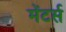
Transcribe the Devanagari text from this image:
मेंटर्स